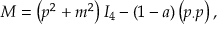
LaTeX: M = \left( p ^ { 2 } + m ^ { 2 } \right) I _ { 4 } - ( 1 - a ) \left( p _ { \cdot } p \right) ,